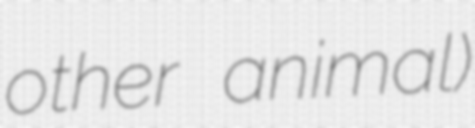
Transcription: other animal)